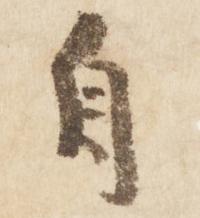
自